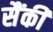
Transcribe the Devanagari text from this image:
सैंकी